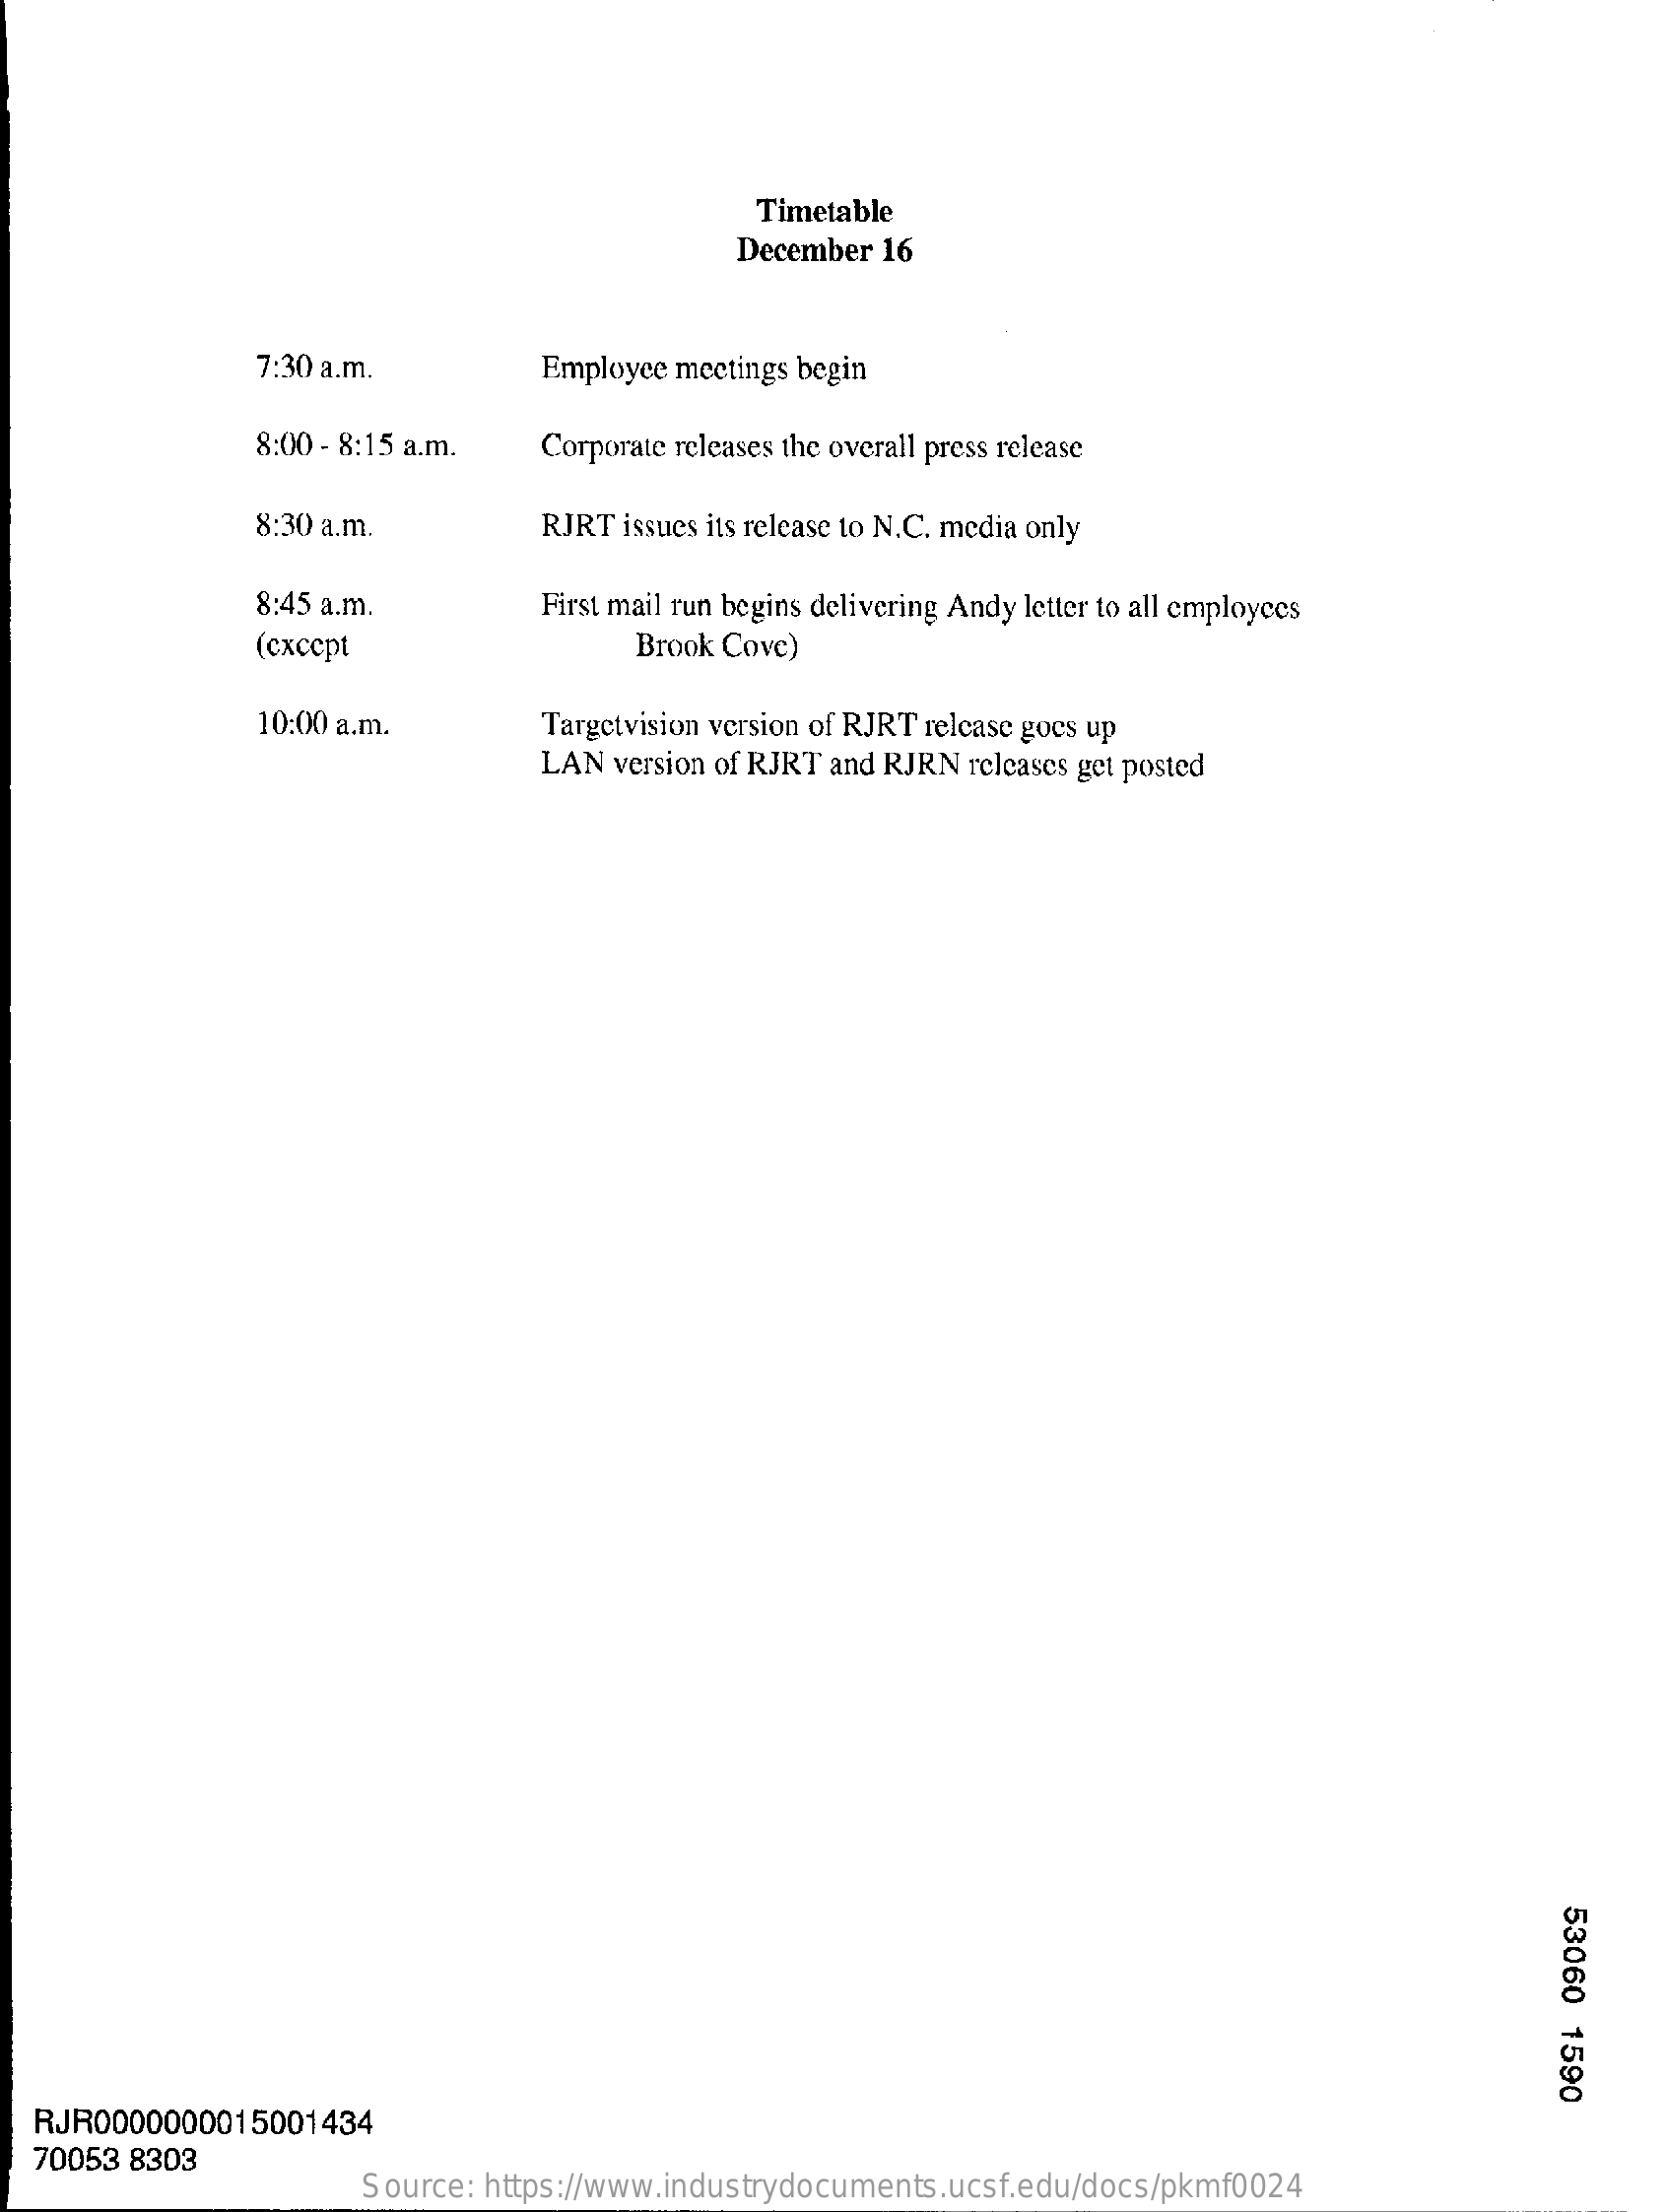
Timetable
     December 16
     7:30 a.m.    Employee meetings begin
     8:00 - 8:15 a.m. Corporate releases the overall press release
     8:30 a.m.    RJRT issues its release to N.C. media only
     8:45 a.m.    First mail run begins delivering Andy letter to all employees
     (except    Brook Cove)
     10:00 a.m.    Targetvision version of RJRT release goes up
     LAN version of RJRT and RJRN releases get posted
     53060
     1590
  RJR0000000015001434
  70053 8303
     Source: https://www.industrydocuments.ucsf.edu/docs/pkmf0024